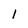
Character: 1